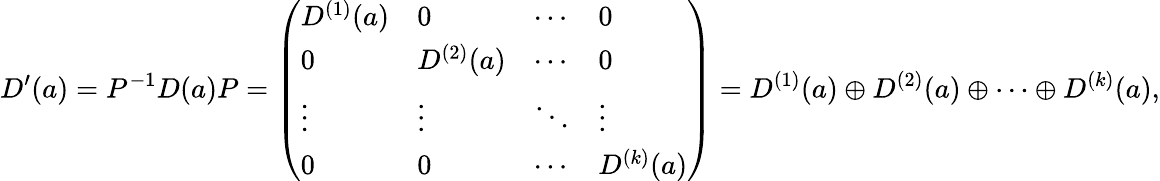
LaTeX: D^{\prime}(a)=P^{-1}D(a)P={\left(\begin{array}{llll}{D^{(1)}(a)}&{0}&{\cdots}&{0}\\ {0}&{D^{(2)}(a)}&{\cdots}&{0}\\ {\vdots}&{\vdots}&{\ddots}&{\vdots}\\ {0}&{0}&{\cdots}&{D^{(k)}(a)}\end{array}\right)}=D^{(1)}(a)\oplus D^{(2)}(a)\oplus\cdots\oplus D^{(k)}(a),